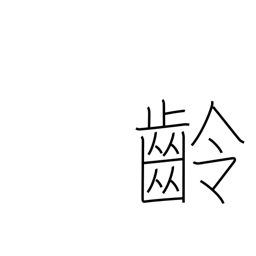
Meaning: age